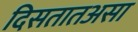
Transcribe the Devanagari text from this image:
दिसतातअसा